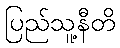
ပြည်သူ့နီတိ